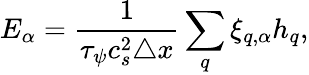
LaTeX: E_{\alpha}=\frac{1}{\tau_{\psi}c_{s}^{2}\triangle x}\sum_{q}\xi_{q,\alpha}h_{q},